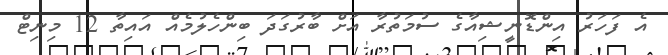
އެ ފަހަރު އިންޑޮނީޝިއާގެ ސުމަތުރާ އަށް ބާރުގަދަ ބިންހެލުމެއް އައިތާ 12 މިނިޓް